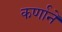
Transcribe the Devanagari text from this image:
कर्णानें